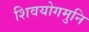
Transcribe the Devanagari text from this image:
शिवयोगमुनि